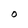
Character: O